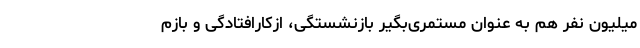
میلیون نفر هم به عنوان مستمری‌بگیر بازنشستگی، ازکارافتادگی و بازم